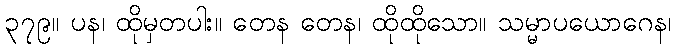
၃၇၉။ ပန၊ ထိုမှတပါး။ တေန တေန၊ ထိုထိုသော။ သမ္မာပယောဂေန၊